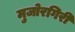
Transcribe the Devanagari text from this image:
मुजोरगिरी